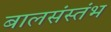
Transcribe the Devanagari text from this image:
बालसंस्तंभ